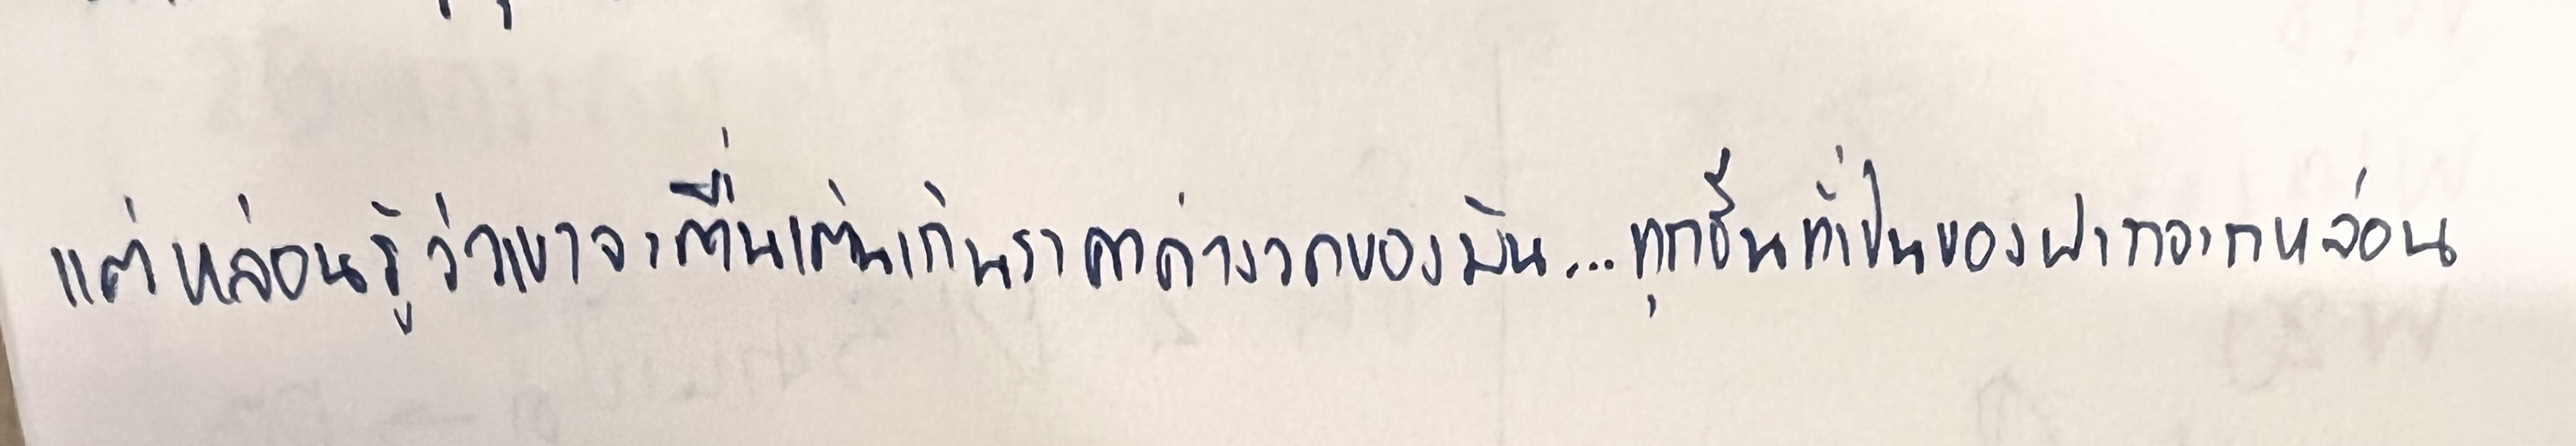
แต่หล่อนรู้ว่าเขาจะตื่นเต้นเกินราคาค่างวดของมัน...ทุกชิ้นที่เป็นของฝากจากหล่อน